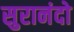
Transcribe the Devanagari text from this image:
सुरानंदो